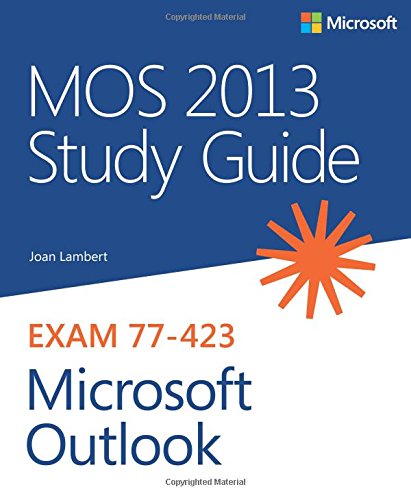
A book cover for MOS 2013 Study Guide for Microsoft Outlook (MOS Study Guide); Joan Lambert; Computers & Technology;